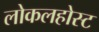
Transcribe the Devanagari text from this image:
लोकलहोस्ट